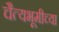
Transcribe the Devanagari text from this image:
चैत्यभूमीच्या